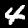
Digit: 4